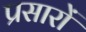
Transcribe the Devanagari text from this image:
प्रसारों